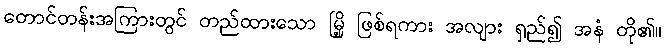
တောင်တန်းအကြားတွင် တည်ထားသော မြို့ ဖြစ်ရကား အလျား ရှည်၍ အနံ တို၏။